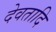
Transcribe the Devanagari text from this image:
देवतादि